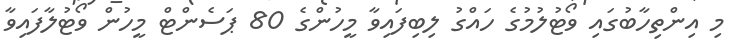
މި އިންތިހާބުގައި ވޯޓުލުމުގެ ހައްގު ލިބިފައިވާ މީހުންގެ 80 ޕަސެންޓް މީހުން ވޯޓުލާފައިވާ